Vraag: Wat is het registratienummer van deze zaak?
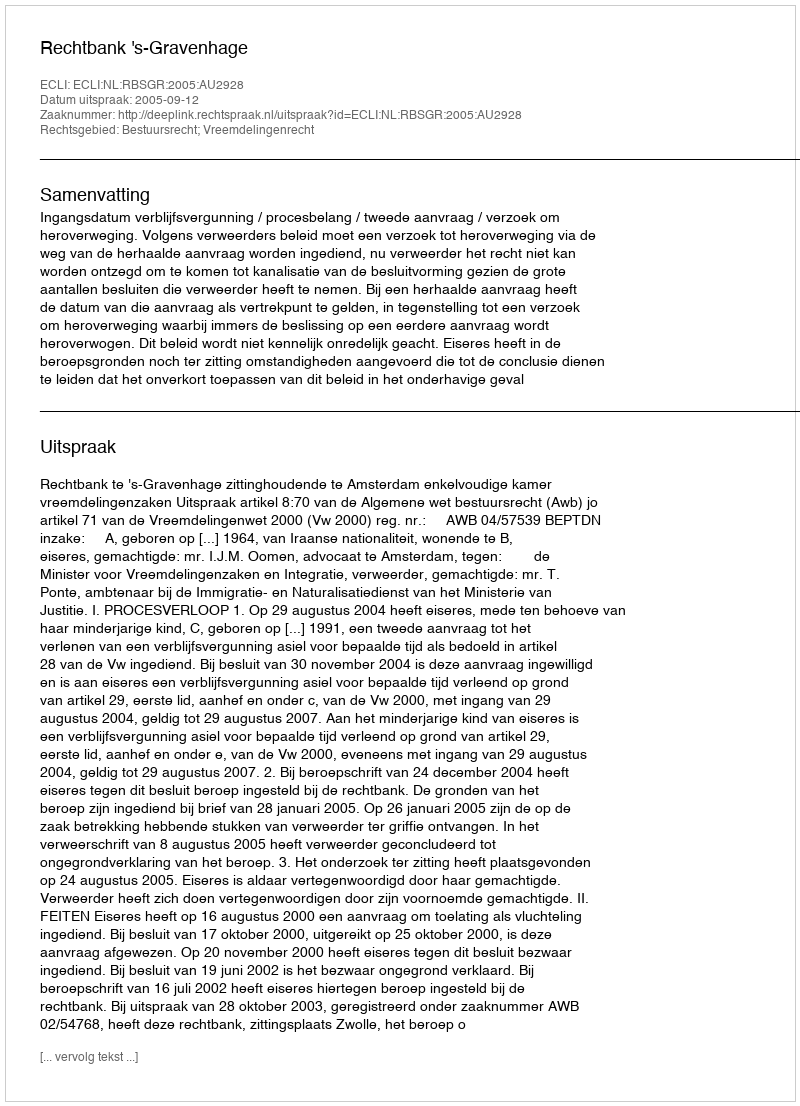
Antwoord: http://deeplink.rechtspraak.nl/uitspraak?id=ECLI:NL:RBSGR:2005:AU2928